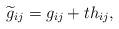
LaTeX: \begin{align*}\widetilde{g}_{ij}=g_{ij}+th_{ij}, \end{align*}